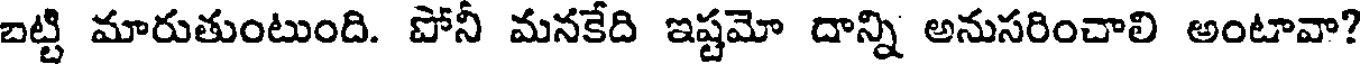
బట్టి మారుతుంటుంది. పోనీ మనకేది ఇష్టమో దాన్ని అనుసరించాలి అంటావా?